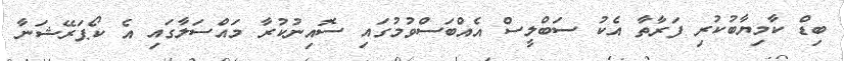
ބިޑް ކާމިޔާބުކުރި ފަރާތާ އެކު ސަބްލީސް އެއްބަސްވުމުގައި ސޮއިނުކުރާ މައްސަލާގައި އެ ކޯޕަރޭޝަނާ